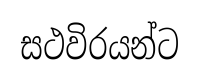
සථවිරයන්ට